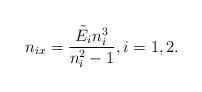
LaTeX: \begin{align*}n_{ix}=\frac{\tilde{E}_i n_i^3}{n_i^2-1}, i=1,2.\end{align*}